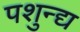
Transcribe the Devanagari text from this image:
पशुन्द्य